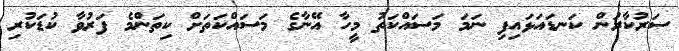
ސަރުކާރުން ކަނޑައަޅައިފި ނަމަ މަސައްކަތު މީހާ އޭނާގެ މަސައްކަތަށް ކިތަންމެ ފަރުވާ ކުޑަކުރި